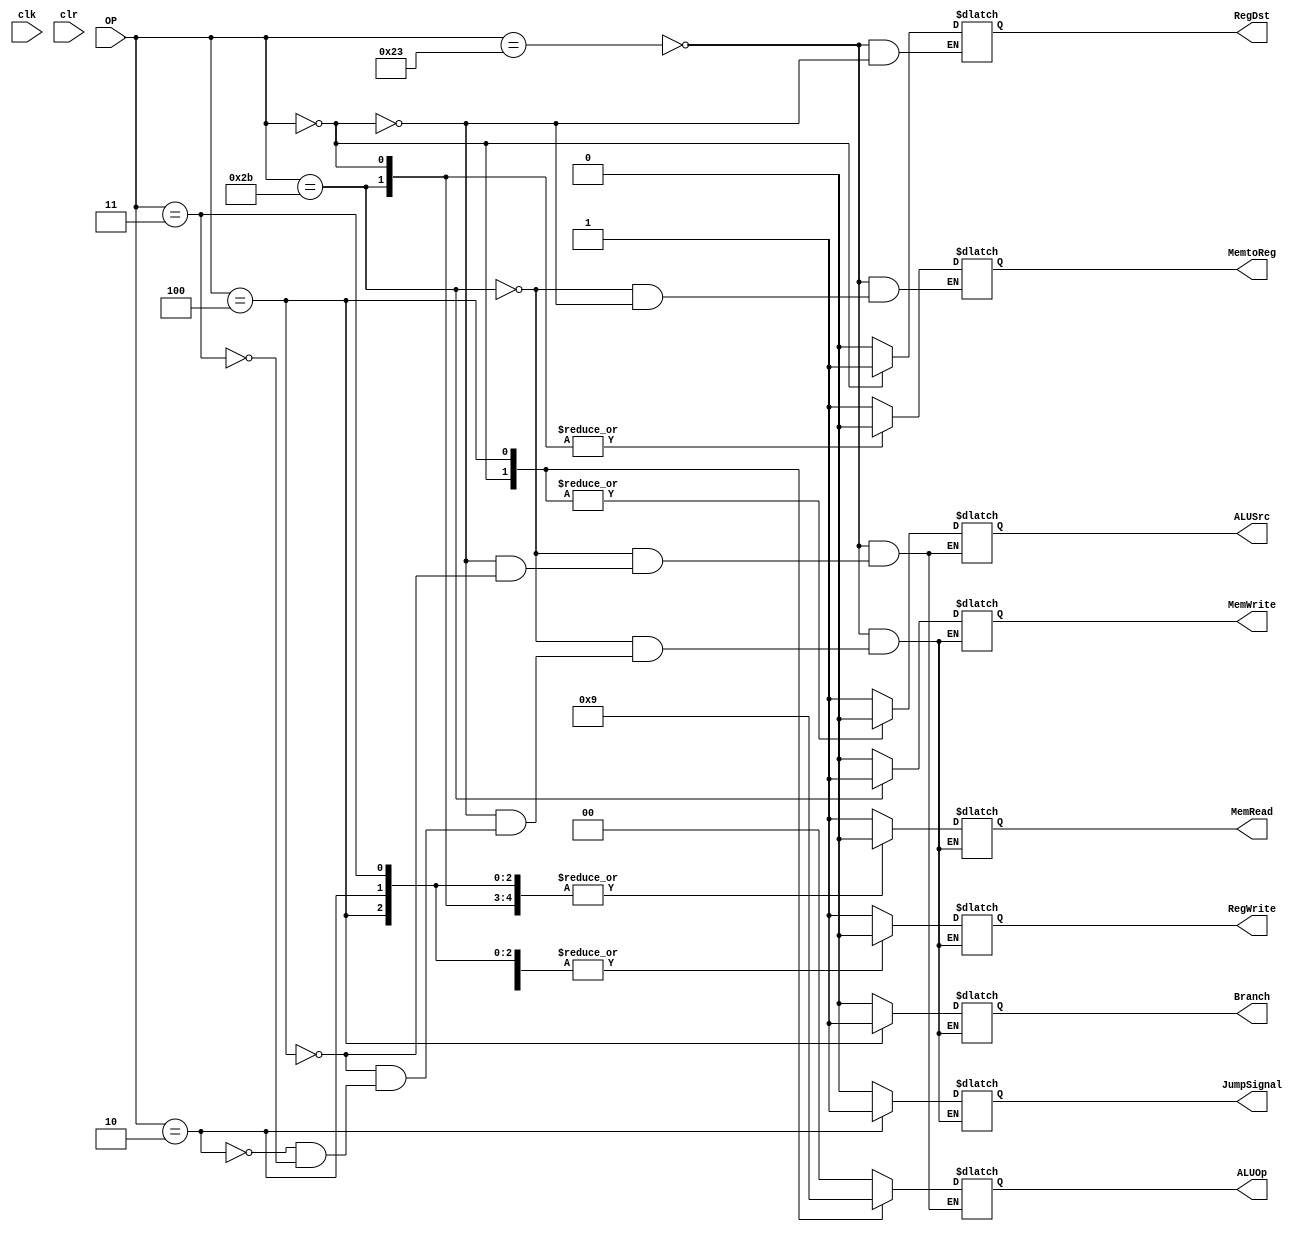
module mcu(clk, clr, OP, MemRead, MemWrite, MemtoReg, ALUOp, ALUSrc, RegWrite, RegDst, Branch, JumpSignal);
input clk, clr;
input [5:0] OP;
output MemRead, MemWrite, MemtoReg, ALUSrc, RegWrite, RegDst, Branch, JumpSignal;
reg MemRead, MemWrite, MemtoReg, ALUSrc, RegWrite, RegDst, Branch, JumpSignal;
output [1:0] ALUOp;
reg [1:0] ALUOp;


always @(OP)
begin
	case (OP)
	6'b100011:	//	lw
	begin
		MemRead		=	1;
		MemWrite	=	0;
		MemtoReg	=	1;
		ALUOp		=	2'b00;
		ALUSrc		=	1;
		RegWrite	=	1;
		RegDst		=	0;
		Branch		=	0;
		JumpSignal	=	0;
	end

	6'b101011: //	sw
	begin
		MemRead		=	0;
		MemWrite	=	1;
		MemtoReg	=	0;
		ALUOp		=	2'b00;
		ALUSrc		=	1;
		RegWrite	=	0;
		Branch		=	0;			
		JumpSignal	=	0;	
	end

	0:	// add or sub
	begin
		MemRead		=	0;
		MemWrite	=	0;
		MemtoReg	=	0;
		ALUOp		=	2'b10;
		ALUSrc		=	0;
		RegWrite	=	1;
		RegDst		=	1;
		Branch		=	0;		
		JumpSignal	=	0;
	end

	4:	// beq
	begin
		MemRead		=	0;
		MemWrite	=	0;
		ALUOp		=	2'b01;
		ALUSrc		=	0;
		RegWrite	=	0;
		Branch		=	1;	
		JumpSignal	=	0;			
	end

	2:	// j
	begin
		MemRead		=	0;
		MemWrite	=	0;
		RegWrite	=	0;
		Branch		=	0;		
		JumpSignal	=	1;	
	end

	3:	// nop
	begin		
		MemRead		=	0;
		MemWrite	=	0;
		RegWrite	=	0;
		Branch		=	0;
		JumpSignal	=	0;
	end
	endcase
	
end

initial
begin
	MemRead		=	0;
	MemWrite	=	0;
	RegWrite	=	0;
	Branch		=	0;
	JumpSignal	=	0;	
end
endmodule